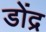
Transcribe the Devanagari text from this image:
डोंद्र